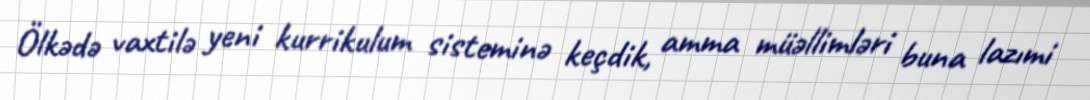
Ölkədə vaxtilə yeni kurrikulum sisteminə keçdik, amma müəllimləri buna lazımi